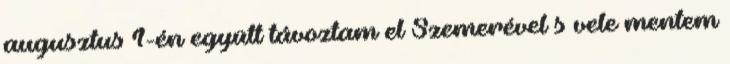
augusztus 1-én együtt távoztam el Szemerével s vele mentem